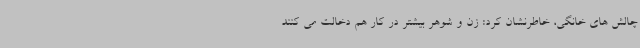
چالش های خانگی، خاطرنشان کرد: زن و شوهر بیشتر در کار هم دخالت می کنند